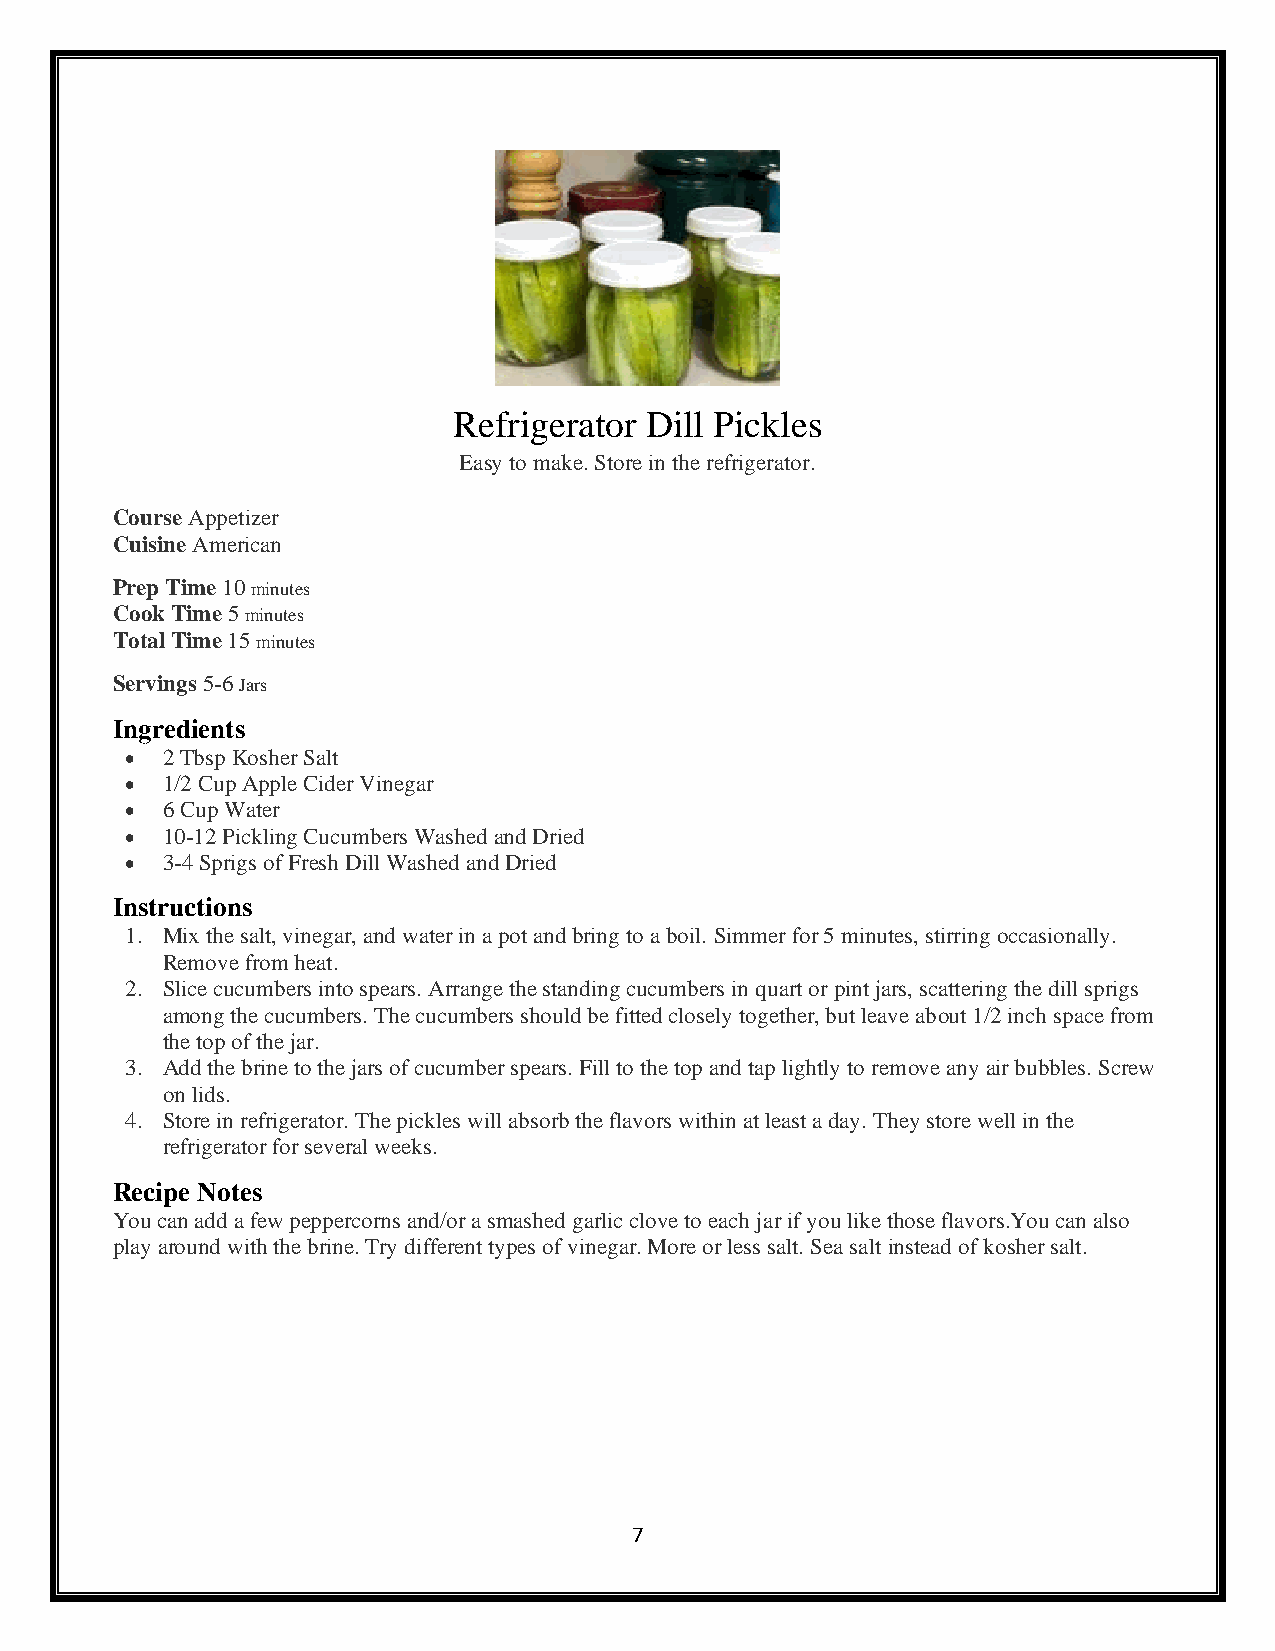
Refrigerator Dill Pickles
 Easy to make. Store in the refrigerator.
 Course Appetizer
 Cuisine American
 Prep Time 10 minutes
 Cook Time 5 minutes
 Total Time 15 minutes
 Servings 5-6 Jars
 Ingredients
 •  2 Tbsp Kosher Salt
 •  1/2 Cup Apple Cider Vinegar
 •  6 Cup Water
 •  10-12 Pickling Cucumbers Washed and Dried
 •  3-4 Sprigs of Fresh Dill Washed and Dried
 Instructions
 1. Mix the salt, vinegar, and water in a pot and bring to a boil. Simmer for 5 minutes, stirring occasionally.
 Remove from heat.
 2. Slice cucumbers into spears. Arrange the standing cucumbers in quart or pint jars, scattering the dill sprigs
 among the cucumbers. The cucumbers should be fitted closely together, but leave about 1/2 inch space from
 the top of the jar.
 3. Add the brine to the jars of cucumber spears. Fill to the top and tap lightly to remove any air bubbles. Screw
 on lids.
 4. Store in refrigerator. The pickles will absorb the flavors within at least a day. They store well in the
 refrigerator for several weeks.
 Recipe Notes
 You can add a few peppercorns and/or a smashed garlic clove to each jar if you like those flavors.You can also
 play around with the brine. Try different types of vinegar. More or less salt. Sea salt instead of kosher salt.
 7